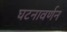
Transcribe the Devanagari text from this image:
घटनावर्णन